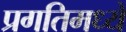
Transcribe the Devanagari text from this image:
प्रगतिमध्ये